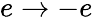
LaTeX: e\to-e